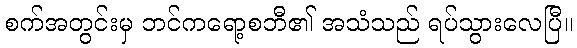
စက်အတွင်းမှ ဘင်ကရော့စဘီ၏ အသံသည် ရပ်သွားလေပြီ။